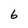
Character: 6